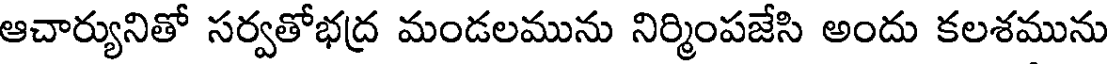
ఆచార్యునితో సర్వతోభద్ర మండలమును నిర్మింపజేసి అందు కలశమును